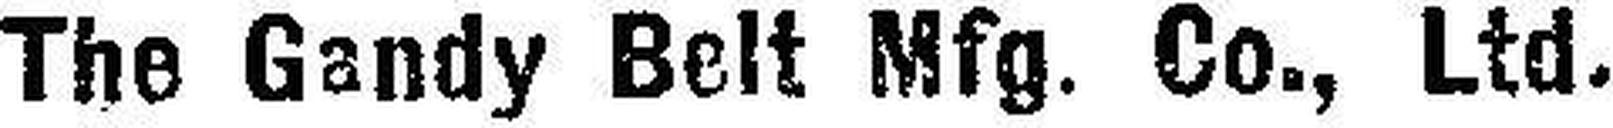
The Gandy Belt Mfg. Co., Ltd.